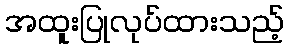
အထူးပြုလုပ်ထားသည့်